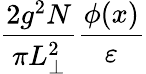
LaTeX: \frac{2g^{2}N}{\pi L_{\perp}^{2}}\frac{\phi(x)}{\varepsilon}